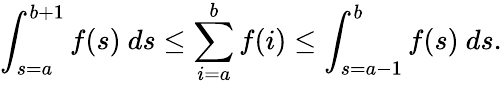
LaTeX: \int_{s=a}^{b+1}f(s)\ ds\leq\sum_{i=a}^{b}f(i)\leq\int_{s=a-1}^{b}f(s)\ ds.